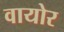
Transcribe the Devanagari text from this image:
वायोर